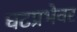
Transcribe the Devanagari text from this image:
घटप्रभेवर